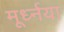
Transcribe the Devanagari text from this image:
मूर्ध्नया